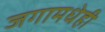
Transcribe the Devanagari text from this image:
जगामधेही